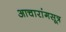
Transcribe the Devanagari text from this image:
आचारांगसूत्र